Insane asylums in Bengal annual reports 1867-1875 - 1867-1875
Year: 1867
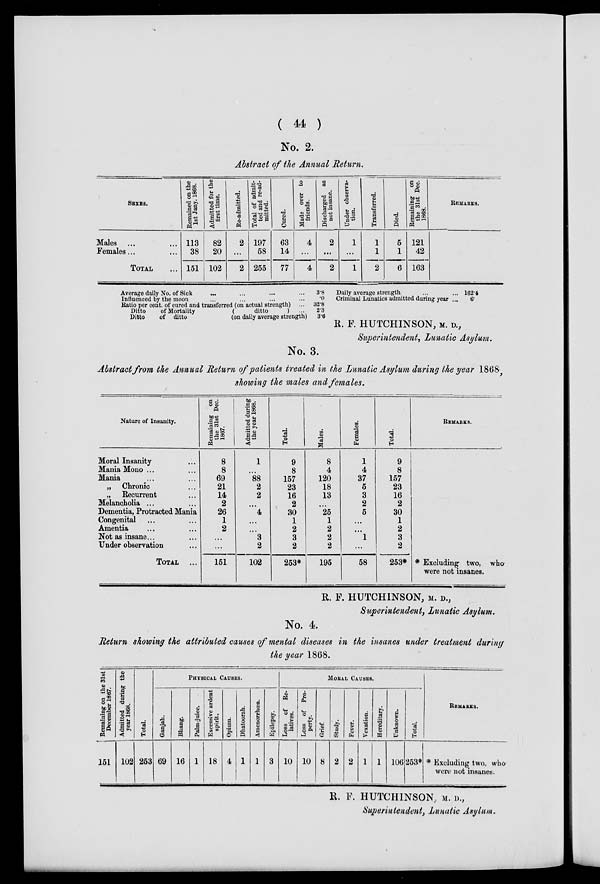
( 44 )
No. 2.
Abstract of the Annual Return.
SEXES.
Males ... ...
Females... ...
TOTAL ...
Remained on the
1st Jany. 1868.
113
38
151
Admitted for the
first time.
82
20
102
Re-admitted.
2
...
2
Total of admit-
ted and re-ad-
mitted.
197
58
255
Cured.
63
14
77
Made over to
friends.
4
...
4
Discharged as
not insane.
2
...
2
Under observa-
tion.
1
...
1
Transferred.
1
1
2
Died.
5
1
6
Remaining on
the 31st Dec.
1868.
121
42
163
REMARKS.
Average daily No. of Sick ... ... ... ...
Influenced by the moon ... ... ... ...
Ratio per cent. of cured and transferred (on actual strength) ...
Ditto
of Mortality
(
ditto
) ...
Ditto
of ditto
(on daily average strength)
3.8
.0
32.8
2.3
3.6
Daily average strength ... ...
Criminal Lunatics admitted during year ...
162.4
6.
R. F. HUTCHINSON, M. D.,
Superintendent, Lunatic Asylum.
No. 3.
Abstract from the Annual Return of patients treated in the Lunatic Asylum during the year 1868,
showing the males and females.
Nature of Insanity.
Moral Insanity ...
Mania Mono ... ...
Mania ... ...
„ Chronic ...
„ Recurrent ...
Melancholia ... ...
Dementia, Protracted Mania
Congenital ... ...
Amentia ... ...
Not as insane... ...
Under observation ...
TOTAL
...
Remaining on
the 31st Dec.
1867.
8
8
69
21
14
2
26
1
2
...
...
151
Admitted during
the year 1868.
1
...
88
2
2
...
4
...
...
3
2
102
Total.
9
8
157
23
16
2
30
1
2
3
2
253*
Males.
8
4
120
18
13
...
25
1
2
2
2
195
Females.
1
4
37
5
3
2
5
...
...
1
...
58
Total.
9
8
157
23
16
2
30
1
2
3
2
253*
REMARKS.
* Excluding two, who
were not insanes.
R. F. HUTCHINSON, M. D.,
Superintendent, Lunatic Asylum.
No. 4.
Return showing the attributed causes of mental diseases in the insanes under treatment during
the year 1868.
Remaining on the 31st
December 1867.
151
Admitted during the
year 1868.
102
Total.
253
PHYSICAL CAUSES.
Ganjah.
69
Bhang.
16
Palm-juice.
1
Excessive ardent
spirit.
18
Opium.
4
Dhatoorah.
1
Amenorrhœa.
1
Epilepsy.
3
MORAL CAUSES.
Loss of Re-
latives.
10
Loss of Pro-
perty.
10
Grief.
8
Study.
2
Fever.
2
Vexation.
1
Hereditary.
1
Unknown.
106
Total.
253*
REMARKS.
* Excluding two, who
were not insanes.
R. F. HUTCHINSON, M. D.,
Superintendent, Lunatic Asylum.